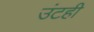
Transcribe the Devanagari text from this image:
उंटही